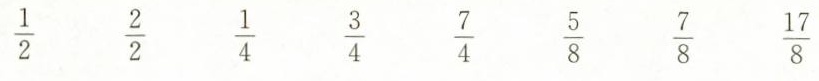
\frac{1}{2} \frac{2}{2} \frac{1}{4} \frac{3}{4} \frac{7}{4} \frac{5}{8} \frac{7}{8} \frac{17}{8}